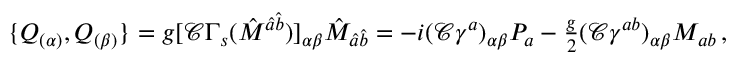
\{ Q _ { ( \alpha ) } , Q _ { ( \beta ) } \} = g [ \mathcal { C } \Gamma _ { s } ( \hat { M } ^ { \hat { a } \hat { b } } ) ] _ { \alpha \beta } \hat { M } _ { \hat { a } \hat { b } } = - i ( \mathcal { C } \gamma ^ { a } ) _ { \alpha \beta } P _ { a } - { \textstyle \frac { g } { 2 } } ( \mathcal { C } \gamma ^ { a b } ) _ { \alpha \beta } M _ { a b } \, ,